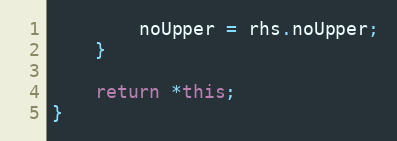
Language: C++
		noUpper = rhs.noUpper;
	}

	return *this;
}